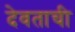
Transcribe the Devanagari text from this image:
देवताची